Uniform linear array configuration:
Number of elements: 16
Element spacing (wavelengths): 0.25
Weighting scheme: hann
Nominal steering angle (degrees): -15
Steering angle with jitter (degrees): -14.916
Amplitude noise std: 0.05
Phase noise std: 0.05

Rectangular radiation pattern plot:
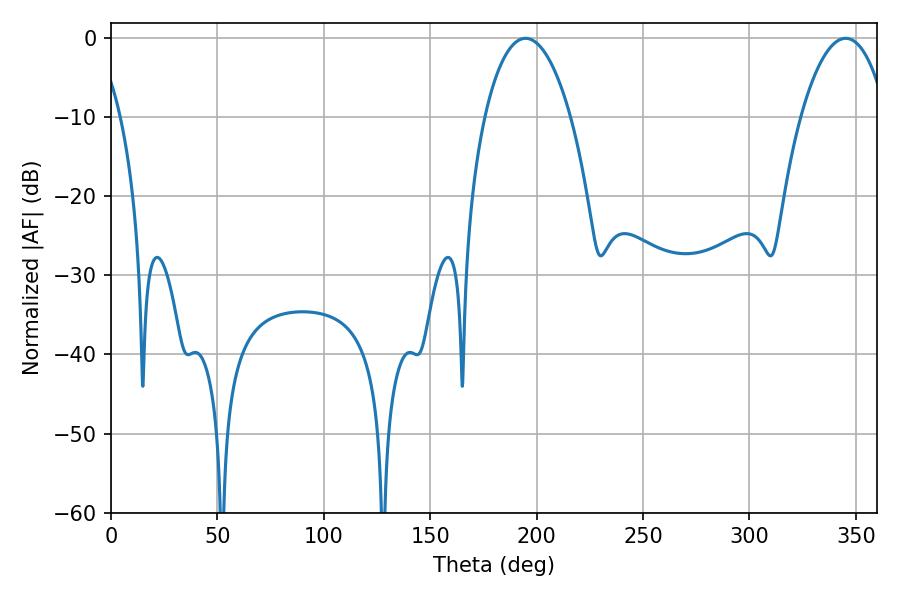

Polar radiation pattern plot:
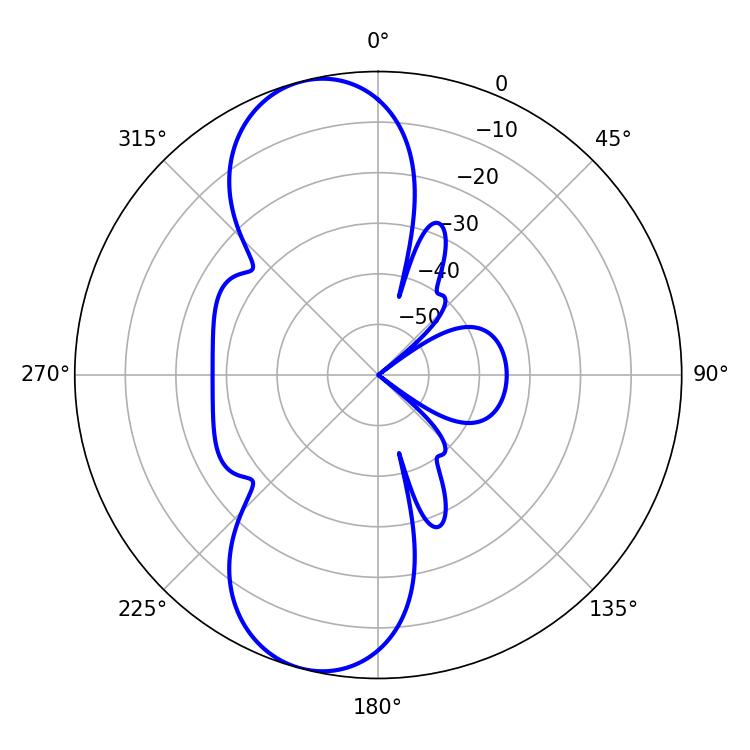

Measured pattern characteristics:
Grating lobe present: FALSE
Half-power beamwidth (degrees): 22.68
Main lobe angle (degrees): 194.76